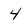
Character: 4